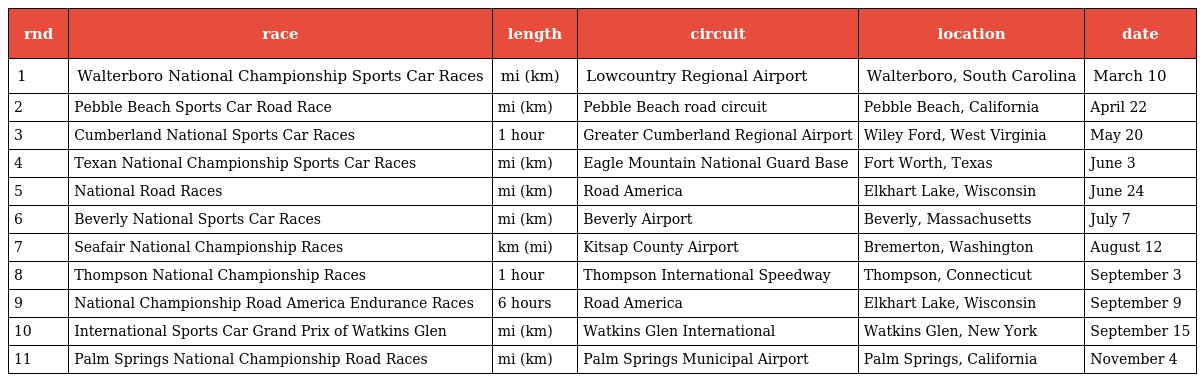
| rnd | race | length | circuit | location | date |
 | --- | --- | --- | --- | --- | --- |
 | 1 | Walterboro National Championship Sports Car Races | mi (km) | Lowcountry Regional Airport | Walterboro, South Carolina | March 10 |
 | 2 | Pebble Beach Sports Car Road Race | mi (km) | Pebble Beach road circuit | Pebble Beach, California | April 22 |
 | 3 | Cumberland National Sports Car Races | 1 hour | Greater Cumberland Regional Airport | Wiley Ford, West Virginia | May 20 |
 | 4 | Texan National Championship Sports Car Races | mi (km) | Eagle Mountain National Guard Base | Fort Worth, Texas | June 3 |
 | 5 | National Road Races | mi (km) | Road America | Elkhart Lake, Wisconsin | June 24 |
 | 6 | Beverly National Sports Car Races | mi (km) | Beverly Airport | Beverly, Massachusetts | July 7 |
 | 7 | Seafair National Championship Races | km (mi) | Kitsap County Airport | Bremerton, Washington | August 12 |
 | 8 | Thompson National Championship Races | 1 hour | Thompson International Speedway | Thompson, Connecticut | September 3 |
 | 9 | National Championship Road America Endurance Races | 6 hours | Road America | Elkhart Lake, Wisconsin | September 9 |
 | 10 | International Sports Car Grand Prix of Watkins Glen | mi (km) | Watkins Glen International | Watkins Glen, New York | September 15 |
 | 11 | Palm Springs National Championship Road Races | mi (km) | Palm Springs Municipal Airport | Palm Springs, California | November 4 |